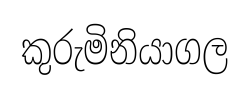
කුරුමිනියාගල